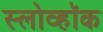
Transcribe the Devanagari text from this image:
स्लोव्हॉक